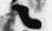
々